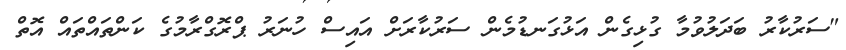
"ސަރުކާރު ބަދަލުވުމާ ގުޅިގެން އަޅުގަނޑުމެން ސަރުކާރަށް އައިސް ހުނަރު ޕްރޮގްރާމުގެ ކަންތައްތައް އޮތް